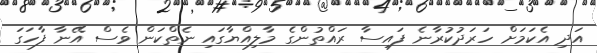
އަދި އެކަމަށް ހަރަދުކުރާނެ ފައިސާ ރައްތުންގެ މާލިއްޔާގައި ނެތްކަން ވެސް އޭނާ ފާހަގަ